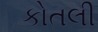
કોતલી